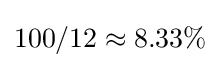
100/12\approx 8.33\%